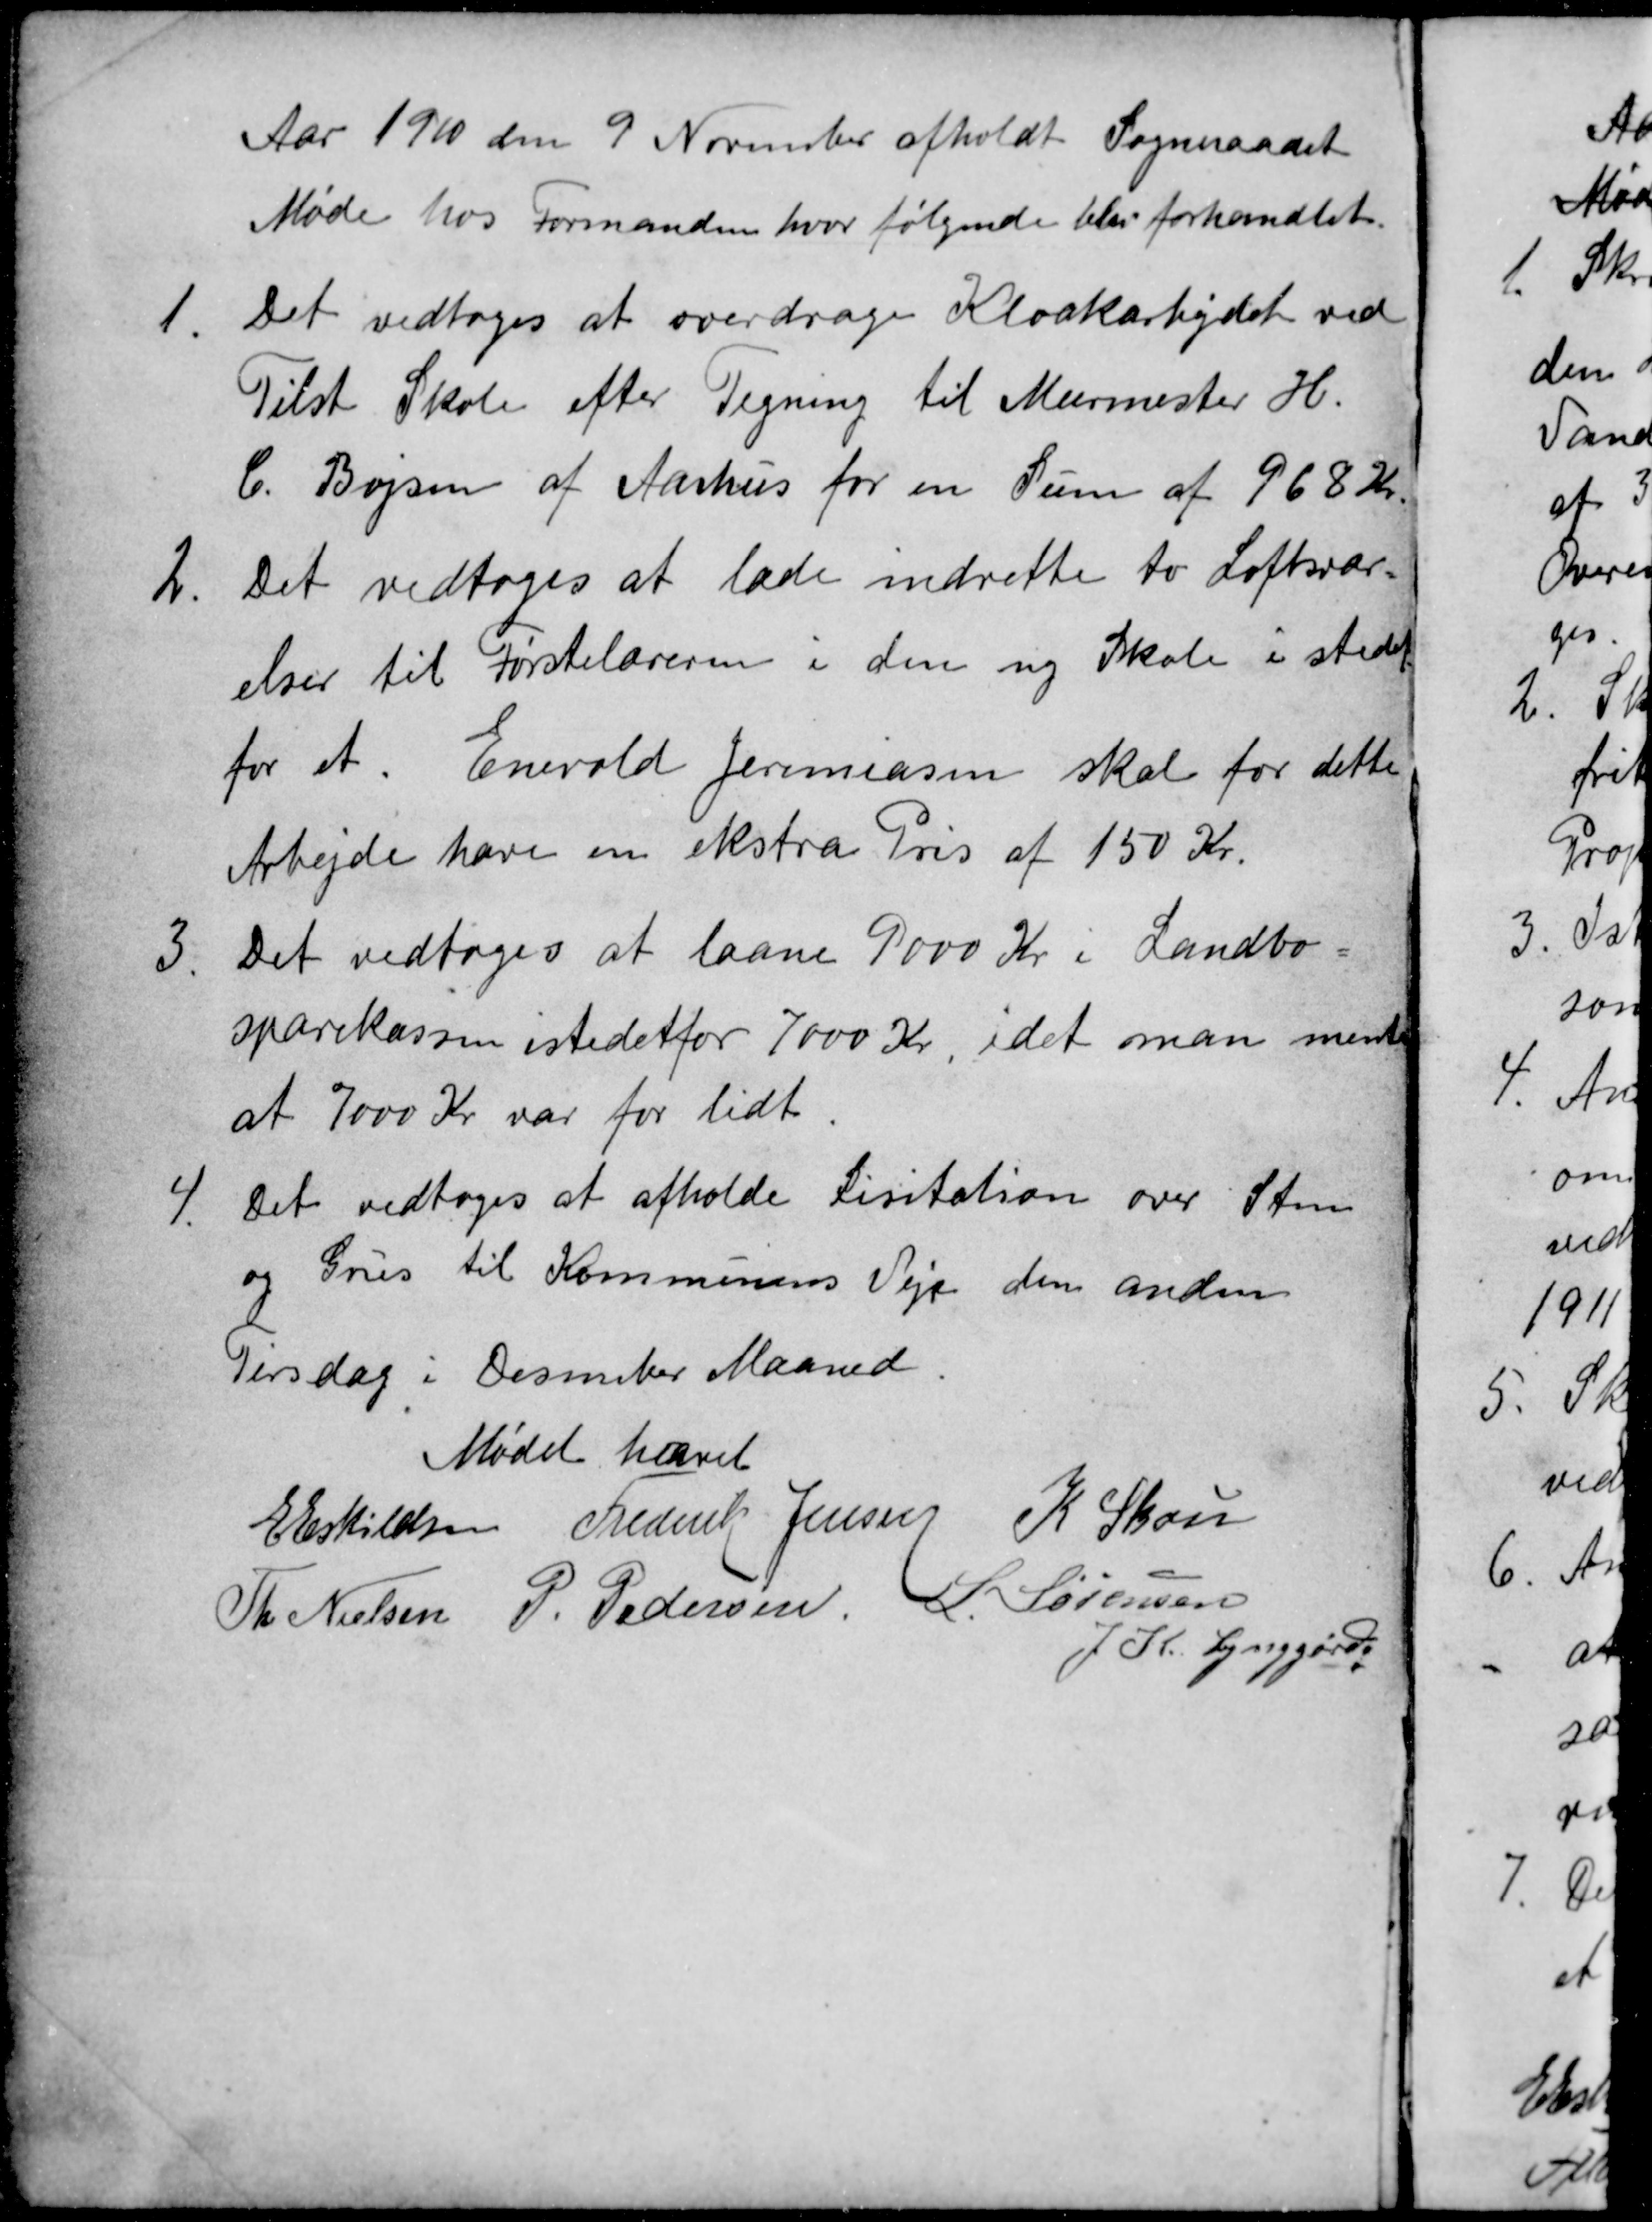
Transskription:
Aar 1910 den 9 November afholdt Sogneraadet
Møde hos Formanden hvor følgende blev forhandlet.
1
Det vedtoges at overdrage Kloakarbejdet ved
Tilst Skole efter Tegning til Murmester H.
C. Bojsen af Aarhus for en Sum af 968 Kr.
2
Det vedtoges at lade indrette to Loftsvær=
elser til Førstelæreren i den ny Skole i stedet
for et. Enevold Jeremiasen skal for dette
Arbejde have en ekstra Pris af 150 Kr.
3.
Det vedtoges at laane 9000 Kr i Landbo=
sparekassen istedetfor 7000 Kr, idet man mente
at 7000 Kr var for lidt.
4.
Det vedtoges at afholde Lisitation over Sten
og Grus til Kommunens Veje den anden
Tirsdag i Desember Maaned.
Mødet hævet
E Eskildsen
Frederik Jensen
K Skou
Th Nielsen
P. Pederse
L. Sørensen
J. K. Lynggård